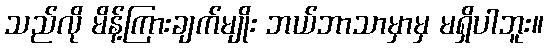
သည်လို မိန့်ကြားချက်မျိုး ဘယ်ဘာသာမှာမှ မရှိပါဘူး။